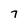
Character: 7